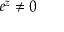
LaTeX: e ^ { z } \neq 0